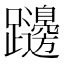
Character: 𨇱